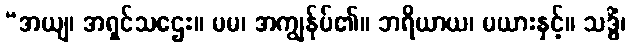
“အယျ၊ အရှင်သဌေး။ မမ၊ အကျွန်ုပ်၏။ ဘရိယာယ၊ မယားနှင့်။ သဒ္ဓိံ၊